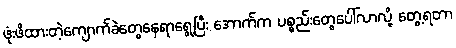
ဖုံးဖိထားတဲ့ကျောက်ခဲတွေနေရာရွေ့ပြီး အောက်က ပစ္စည်းတွေပေါ်လာလို့ တွေ့ရတာ